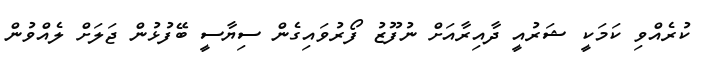
ކުރެއްވި ކަމަކީ ޝަރުއީ ދާއިރާއަށް ނުފޫޒު ފޯރުވައިގެން ސިޔާސީ ބޭފުޅުން ޖަލަށް ލެއްވުން